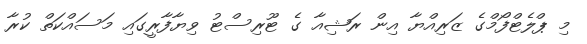
މި ޕްލެޓްފޯމްގެ ޒަރިއްޔާ އިން ރަޝިއާ ގެ ޓޫރިސްޓު ވިޔާފާރީގައި މަސައްކަތް ކުރާ